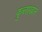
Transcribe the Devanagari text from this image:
कुब्लाखान